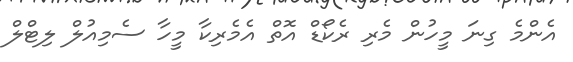
އެންމެ ގިނަ މީހުން މެރި ރެކޯޑް އޮތް އެމެރިކާ މީހާ ސެމިއުލް ލިޓްލް